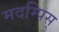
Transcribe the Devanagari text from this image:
मदम्पिस्